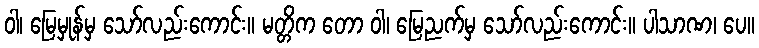
ဝါ၊ မြေမှုန်မှ သော်လည်းကောင်း။ မတ္တိက တော ဝါ၊ မြေညက်မှ သော်လည်းကောင်း။ ပါသာဏ၊ ပေ။